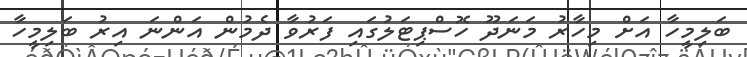
ބަލިމީހާ އަށް މިހާރު މަނަދޫ ހޮސްޕިޓަލުގައި ފަރުވާ ދެމުން އަންނަ އިރު ބަލިމީހާ